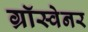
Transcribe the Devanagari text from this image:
ग्रॉस्वेनर